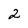
Character: 2